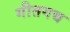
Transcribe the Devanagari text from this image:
गीतगद्य